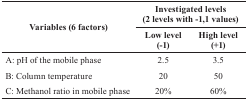
<table><thead><tr><td rowspan="2"><b>Variables (6 factors)</b></td><td colspan="2"><b>Investigated levels (2 levels with -1,1 values)</b></td></tr><tr><td><b>Low level (-1)</b></td><td><b>High level (+1)</b></td></tr></thead><tbody><tr><td>A: pH of the mobile phase</td><td>2.5</td><td>3.5</td></tr><tr><td>B: Column temperature</td><td>20</td><td>50</td></tr><tr><td>C: Methanol ratio in mobile phase</td><td>20%</td><td>60%</td></tr></tbody></table>